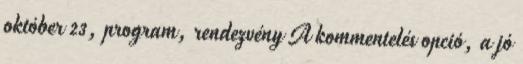
október 23, program, rendezvény A kommentelés opció, a jó